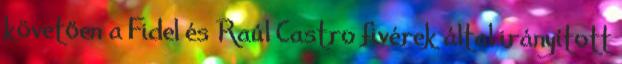
követően a Fidel és Raúl Castro fivérek által irányított